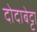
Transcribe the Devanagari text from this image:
दोदाबेट्टा